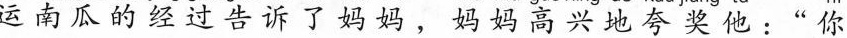
运南瓜的经过告诉了妈妈，妈妈高兴地夸奖他：“你